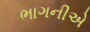
ભાગનીએ